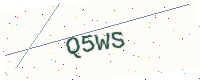
Text: Q5WS